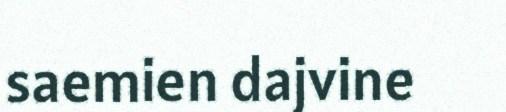
saemien dajvine